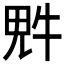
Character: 𪽑